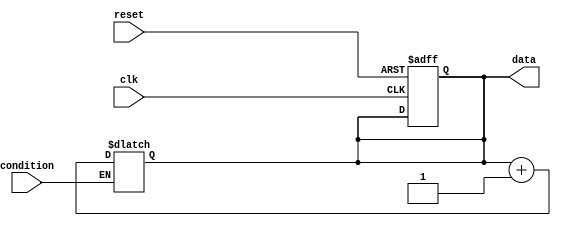
module conditional_wait_example (
    input wire clk,
    input wire reset,
    input wire condition, // The condition to wait on
    output reg [7:0] data // Example output data
);

// State Declaration
reg [7:0] internal_data;

// Initial block
initial begin
    data = 8'b0; // Initialize output data
    internal_data = 8'b0; // Initialize internal data
end

// Behavioral block with conditional wait
always @(*) begin
    // Wait for the condition to be true
    if (condition) begin
        internal_data = internal_data + 1; // Example operation
        data = internal_data; // Update output data
    end
end

// Example of a synchronous reset (not part of the conditional wait)
always @(posedge clk or posedge reset) begin
    if (reset) begin
        internal_data <= 8'b0; // Reset internal data on reset
    end
end

endmodule